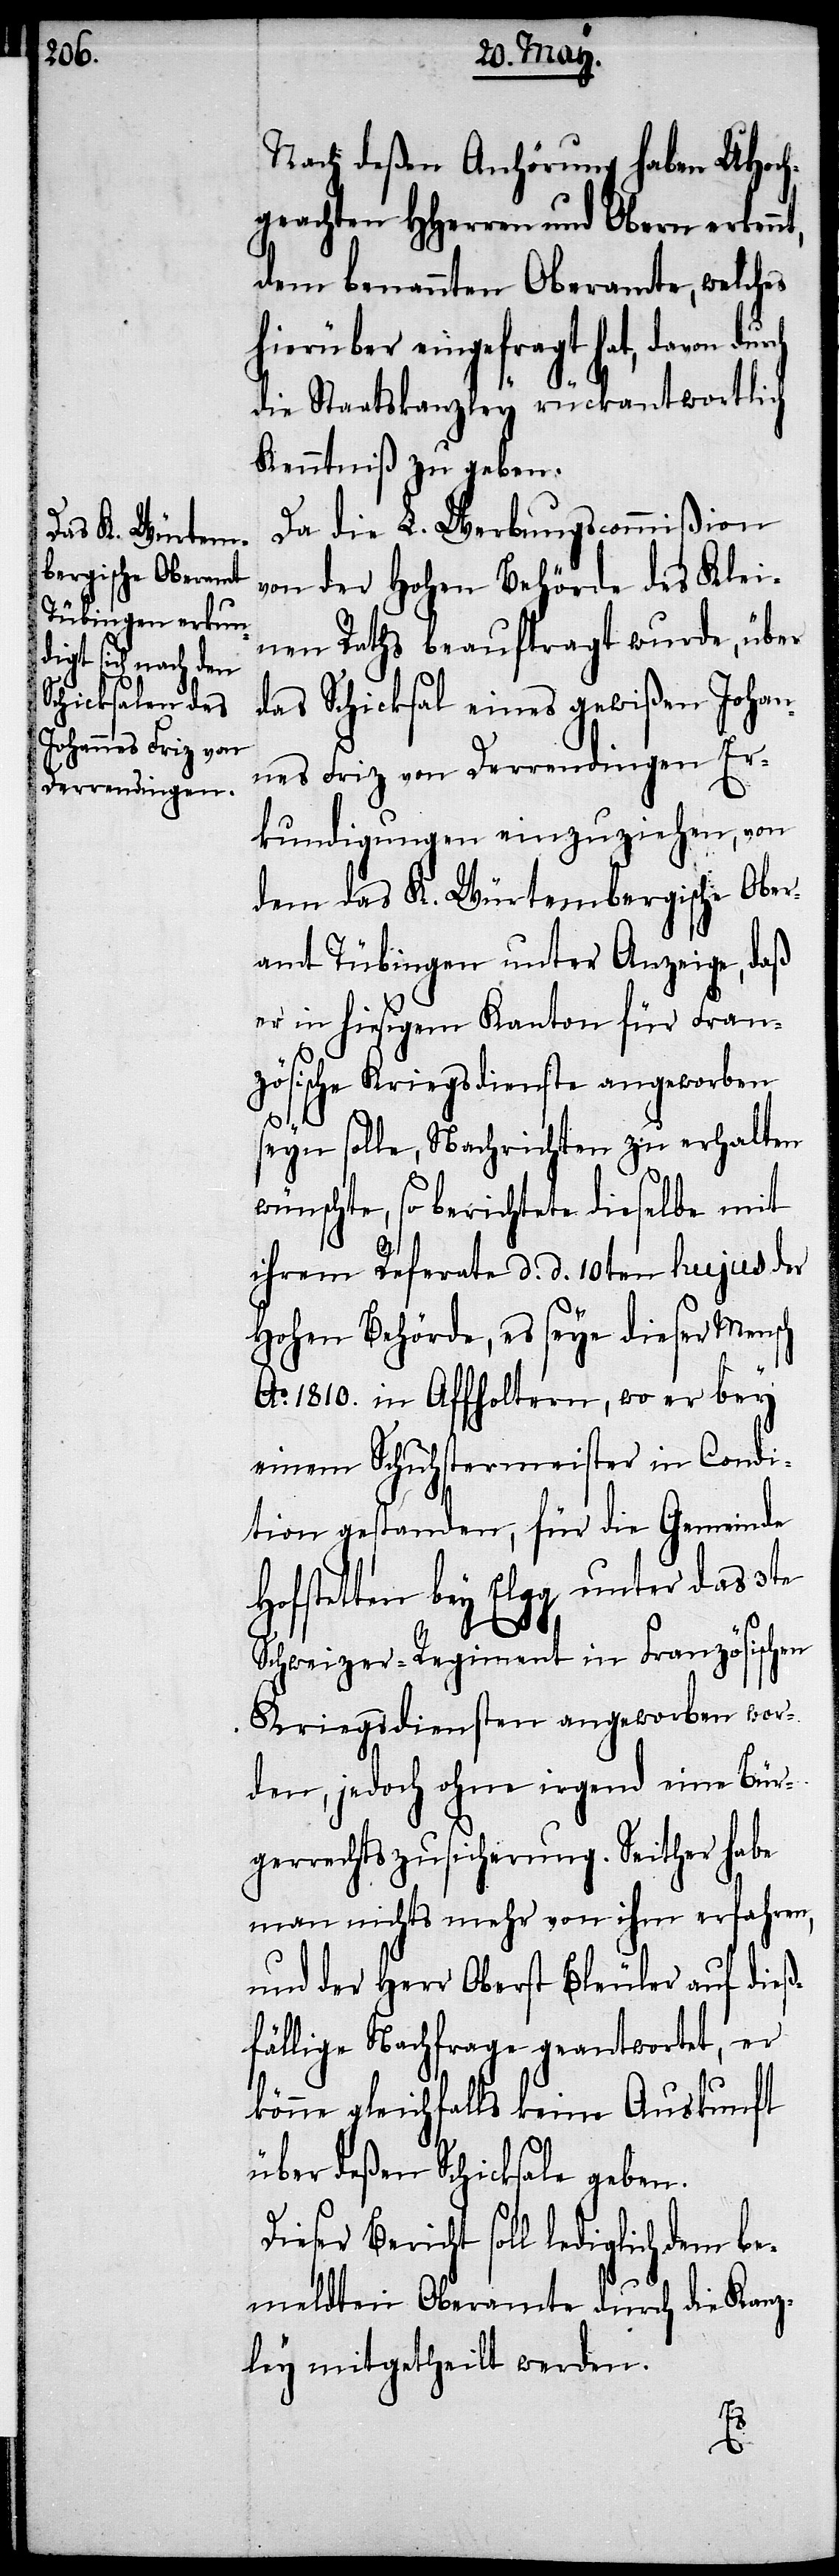
Nach deßen Anhörung haben UHoch¬
geachten HHerren und Obern erkennt,
dem benannten Oberamte, welches
hierüber eingefragt hat, davon
die Staatskanzley rückantwortlich
Kenntniß zu geben.
Da die L. Werbungscommißion
von der Hohen Behörde des Klei¬
nen Raths beauftragt wurde, über
das Schicksal eines gewißen Johan¬
nes Friz von Derrendingen Er¬
kundigungen einzuziehen, von
dem das K. Würtembergische Ober¬
amt Tübingen unter Anzeige, daß
er in hiesigem Kanton für Fran¬
zösische Kriegsdienste angeworben
seyn solle, Nachrichten zu erhalten
wünschte, so berichtete dieselbe mit
ihrem Referate d. d. 10ten hujus der
Hohen Behörde, es seye dieser Mensch
Ao. 1810. in Affoltern, wo er bey
einem Schuhstermeister in Condi¬
tion gestanden, für die Gemeinde
Hofstetten bey Elgg unter das 3te
Schweizer-Regiment in Französischen
Kriegsdiensten angeworben wor¬
den, jedoch ohne irgend eine Bür¬
gerrechtszusicherung. Seither habe
man nichts mehr von ihm erfahren,
und der Herr Oberst Bleuler auf dieß¬
fällige Nachfrage geantwortet, er
könne gleichfalls keine Auskunft
über deßen Schicksale geben.
Dieser Bericht soll lediglich dem be¬
meldten Oberamte durch die Kanz¬
ley mitgetheilt werden.